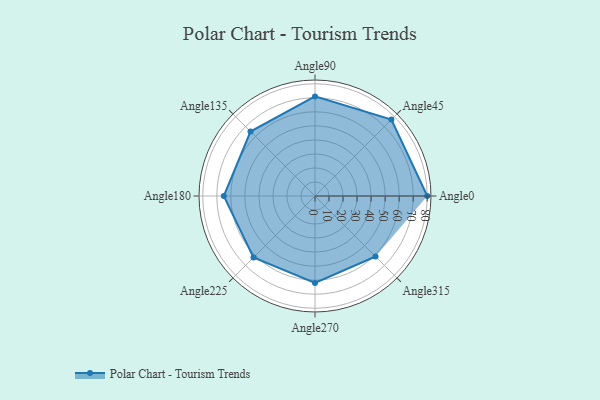
{"axis": {"x": "Angle", "y": "Radius"}, "legend": [""], "data": [{"x": "Angle0", "y": 80.0, "type": ""}, {"x": "Angle45", "y": 77.0, "type": ""}, {"x": "Angle90", "y": 71.0, "type": ""}, {"x": "Angle135", "y": 65.0, "type": ""}, {"x": "Angle180", "y": 65.0, "type": ""}, {"x": "Angle225", "y": 62.0, "type": ""}, {"x": "Angle270", "y": 62.0, "type": ""}, {"x": "Angle315", "y": 61.0, "type": ""}]}